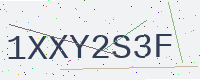
Text: 1XXY2S3F